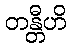
တန္တီဟိ